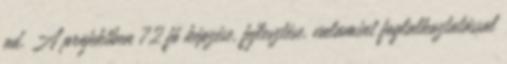
ad. A projektben 72 fő képzése, fejlesztése, valamint foglalkoztatással